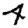
Digit: 4